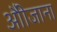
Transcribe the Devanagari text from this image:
औीजाना